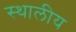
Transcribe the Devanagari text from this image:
स्थालीय